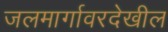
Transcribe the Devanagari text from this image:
जलमार्गावरदेखील